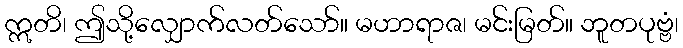
ဣတိ၊ ဤသို့လျှောက်လတ်သော်။ မဟာရာဇ၊ မင်းမြတ်။ ဘူတပုဗ္ဗံ၊